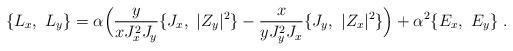
LaTeX: \begin{align*}\{L_x,\ L_y\}=\alpha\Big(\frac{y}{xJ_x^2J_y}\{J_x,\ \vert Z_y\vert^2\}-\frac{x}{yJ_y^2J_x}\{J_y,\ \vert Z_x\vert^2\}\Big)+\alpha^2\{E_x,\ E_y\}\ .\end{align*}